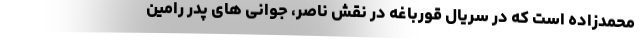
محمدزاده است که در سریال قورباغه در نقش ناصر، جوانی های پدر رامین